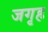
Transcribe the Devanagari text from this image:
जगृह